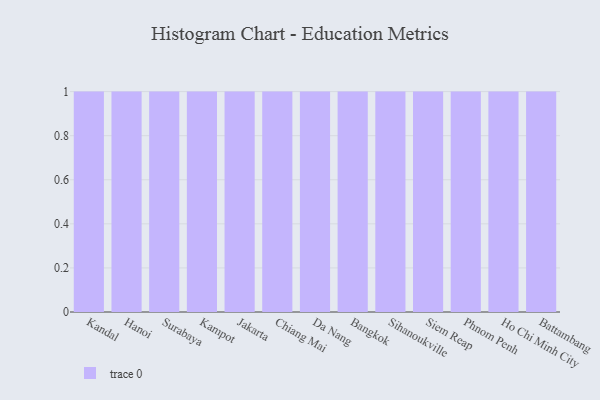
{"axis": {"x": "City", "y": "Humidity (%)"}, "legend": [""], "data": [{"x": "Kandal", "y": 62, "type": ""}, {"x": "Hanoi", "y": 57, "type": ""}, {"x": "Surabaya", "y": 18, "type": ""}, {"x": "Kampot", "y": 71, "type": ""}, {"x": "Jakarta", "y": 14, "type": ""}, {"x": "Chiang Mai", "y": 58, "type": ""}, {"x": "Da Nang", "y": 45, "type": ""}, {"x": "Bangkok", "y": 35, "type": ""}, {"x": "Sihanoukville", "y": 64, "type": ""}, {"x": "Siem Reap", "y": 85, "type": ""}, {"x": "Phnom Penh", "y": 85, "type": ""}, {"x": "Ho Chi Minh City", "y": 14, "type": ""}, {"x": "Battambang", "y": 26, "type": ""}]}